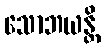
သောဘယန္တိ